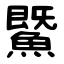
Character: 鱀